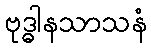
ဗုဒ္ဓါနသာသနံ